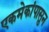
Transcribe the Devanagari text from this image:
एकमेकांपासुन